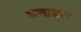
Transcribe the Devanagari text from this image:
धनाढ्‍य